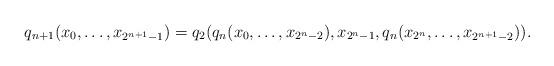
LaTeX: \begin{align*} q_{n+1} (x_0,\dots,x_{2^{n+1}-1}) = q_2 ( q_n ( x_0,\dots,x_{2^n-2} ), x_{2^n -1}, q_n ( x_{2^n},\dots,x_{2^{n+1}-2} )).\end{align*}